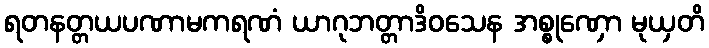
ရတနတ္တယပဏာမကရဏံ ယာဂုဘတ္တာဒိဝသေန အစ္စုဏှော မုယှတိ